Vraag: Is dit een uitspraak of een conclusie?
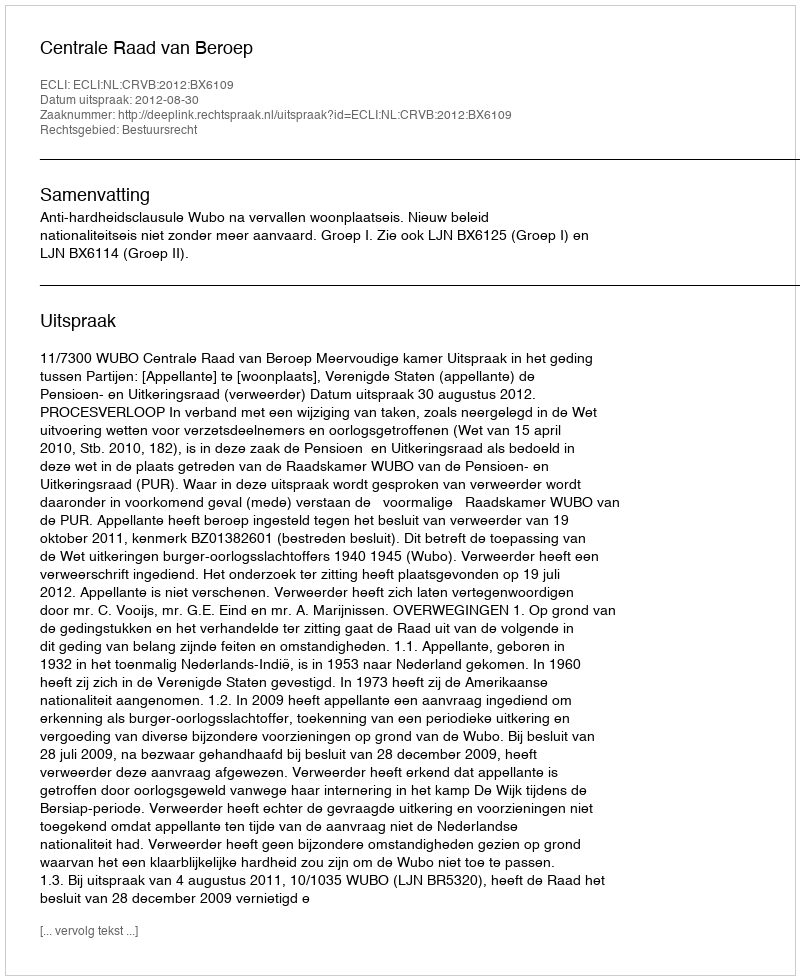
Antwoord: Uitspraak